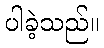
ပါခဲ့သည်။